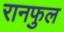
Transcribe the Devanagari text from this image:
रानफुल